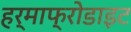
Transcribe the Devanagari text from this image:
हर्माफ्रोडाइट